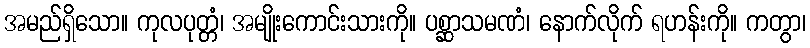
အမည်ရှိသော။ ကုလပုတ္တံ၊ အမျိုးကောင်းသားကို။ ပစ္ဆာသမဏံ၊ နောက်လိုက် ရဟန်းကို။ ကတွာ၊